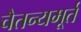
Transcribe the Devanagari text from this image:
चैतन्यमूर्त